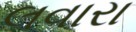
લવારા